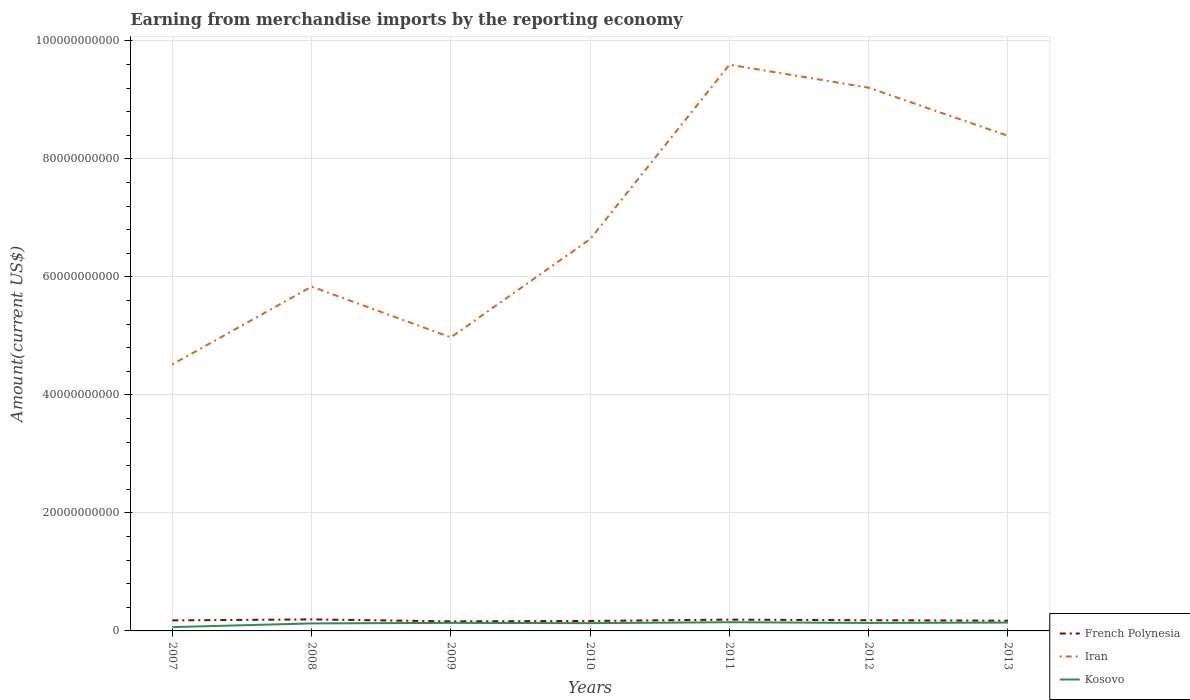
| Years | French Polynesia | Iran | Kosovo |
 | --- | --- | --- | --- |
 | 2007 | 1.78e+09 | 4.52e+10 | 6.45e+08 |
 | 2008 | 1.95e+09 | 5.83e+10 | 1.27e+09 |
 | 2009 | 1.62e+09 | 4.97e+10 | 1.36e+09 |
 | 2010 | 1.69e+09 | 6.64e+10 | 1.32e+09 |
 | 2011 | 1.91e+09 | 9.59e+10 | 1.47e+09 |
 | 2012 | 1.81e+09 | 9.21e+10 | 1.35e+09 |
 | 2013 | 1.73e+09 | 8.39e+10 | 1.42e+09 |